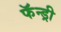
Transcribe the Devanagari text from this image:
फॅन्ड्री